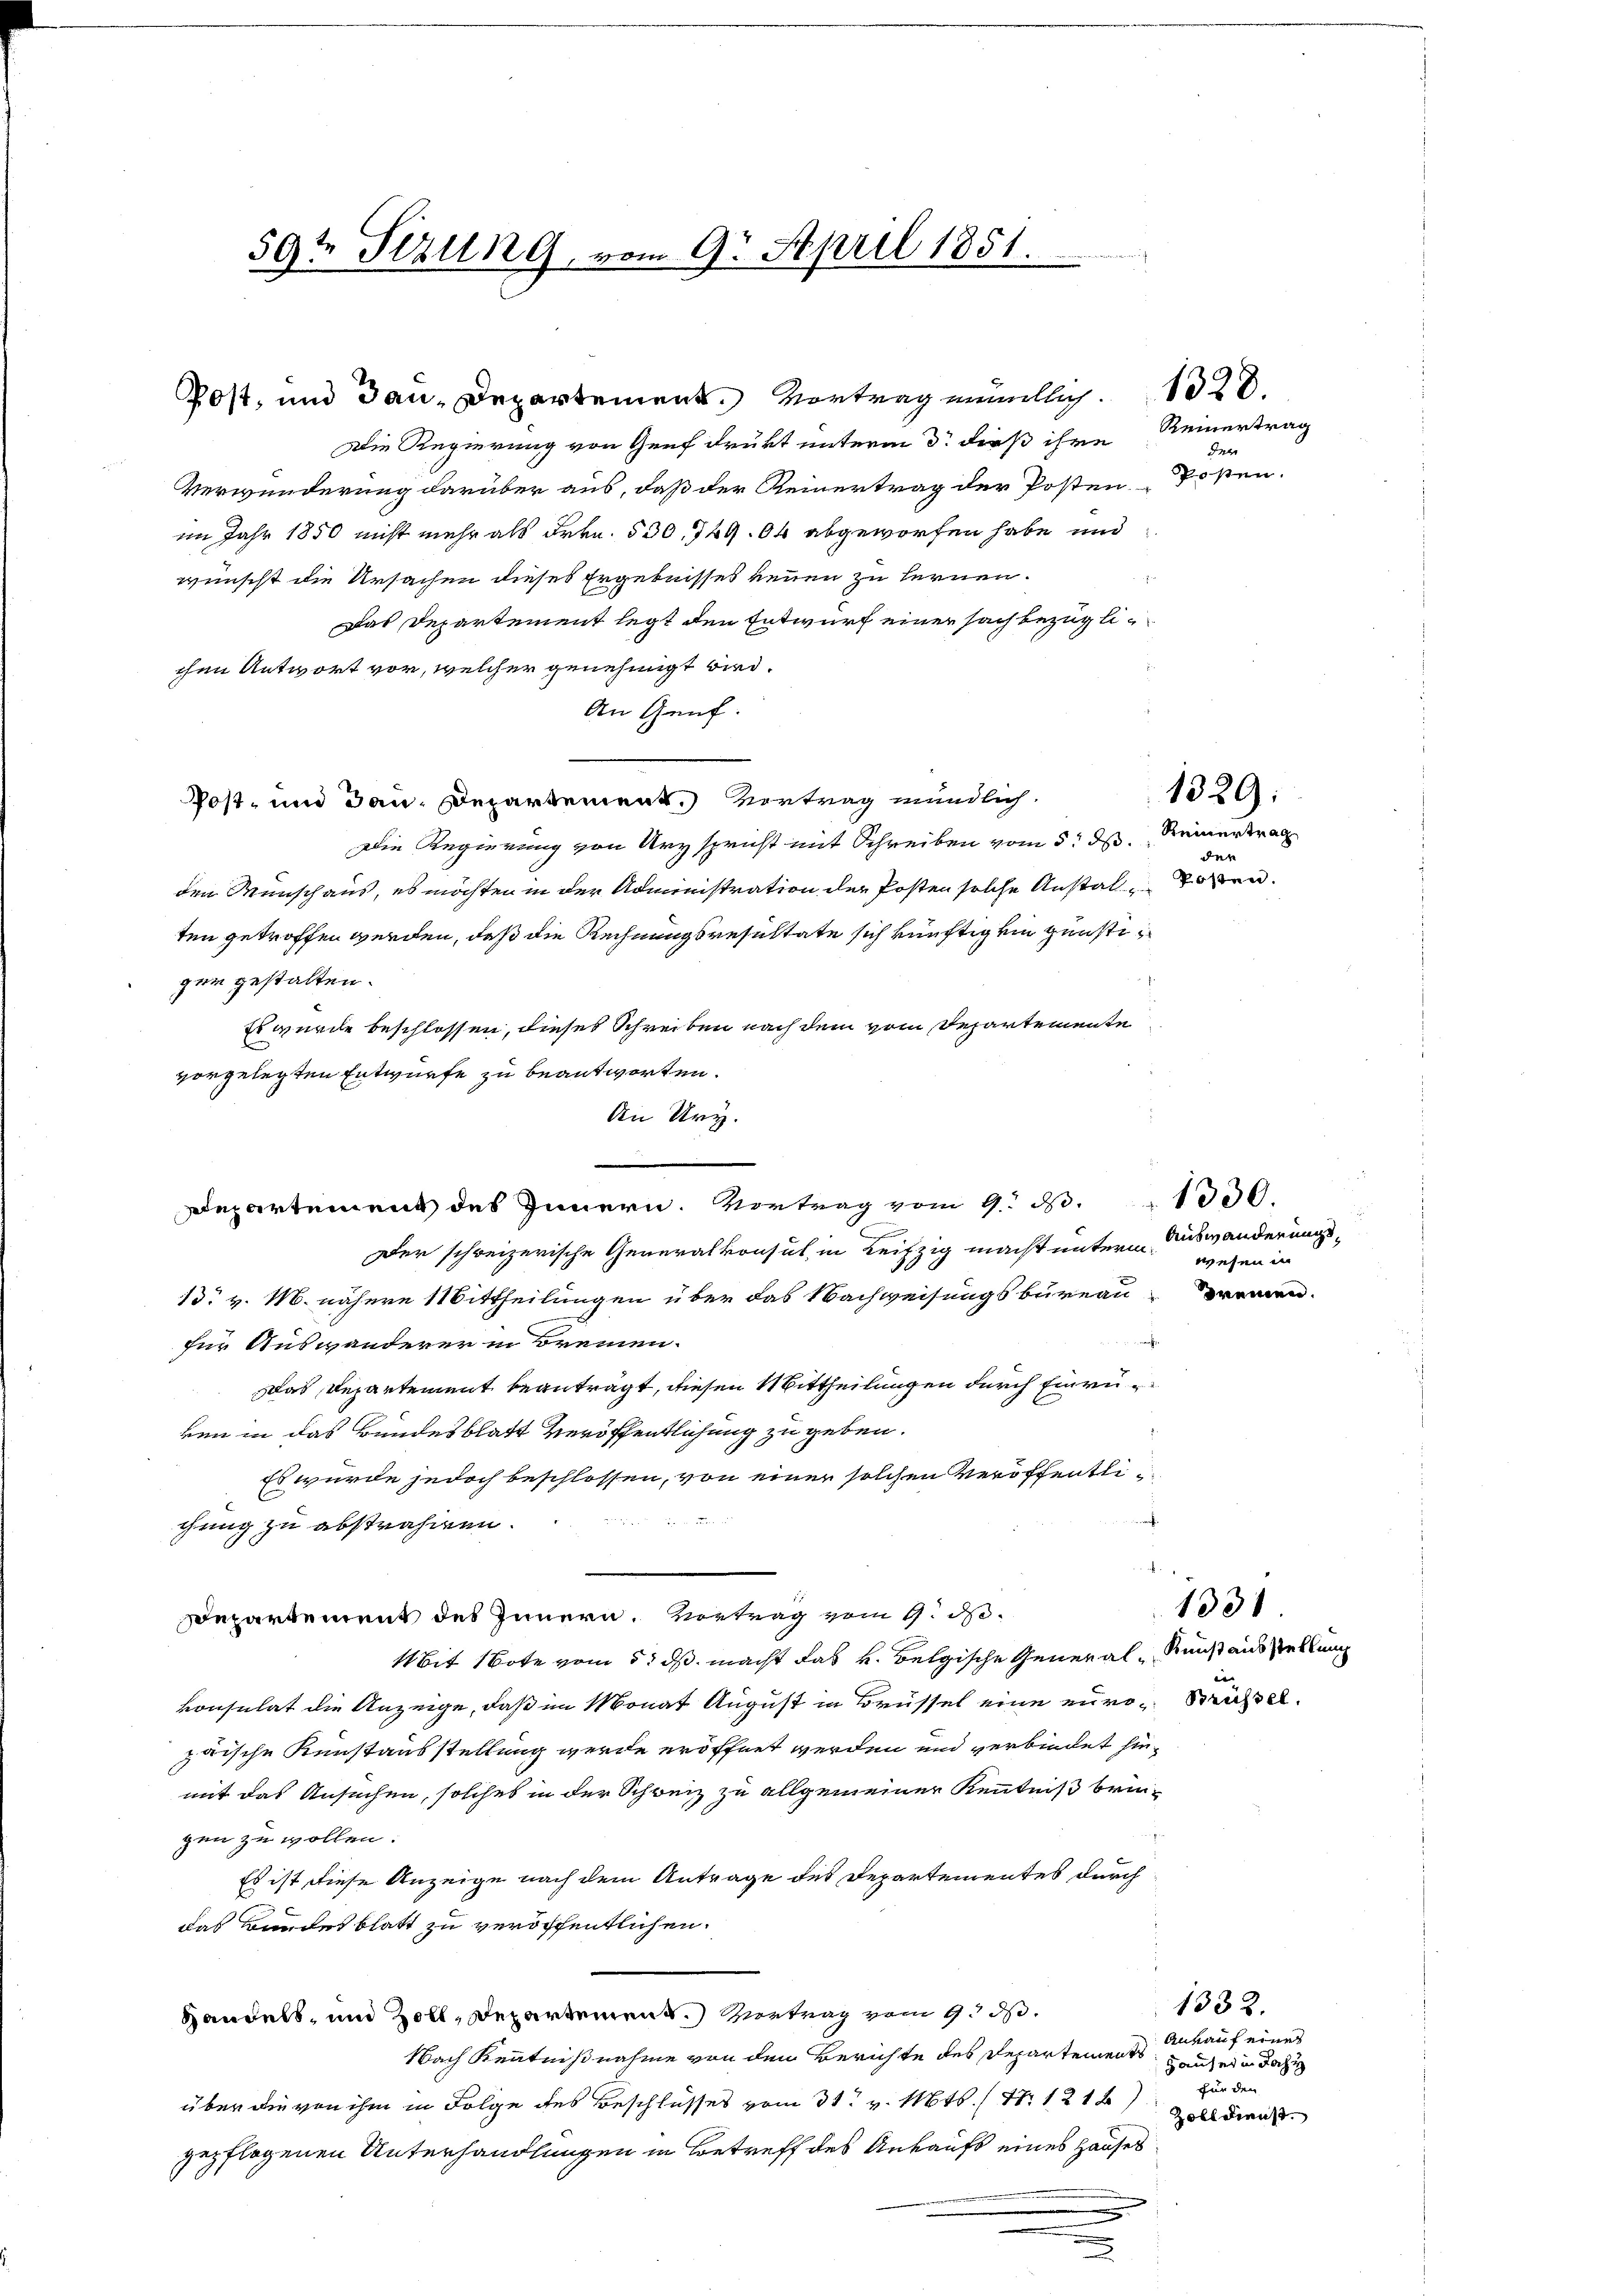
Die Regierung von Genf drückt unterm 3. dieß ihre
Verwunderung darüber aus, daß der Reinertrag der Posten Toten.
im Jahr 1850 nicht mehr als Frkn. 530. 749. 64 abgeworfen habe und
wünscht die Ursachen dieses Ergebnisses neuen zu lernen.
Das Departement legt den Entwurf einer sach bezug lichen Antwort vor, welcher genehmigt wird.
An Genf.
Post- und dann, Departement. Vortrag mündlich.
Die Regierung von Ury spricht mit Schreiben vom 5. ds.
den Wunschaus, es möchten in der Administration der Posten solche Anstalten.
ten getroffen werden, daß die Rechnungsresultate sich künftig ein günstigen gestalten.
Es wurde beschlossen, dieses Schreiben nach dem vom Departemente
vorgelegten Entwurfe zu beantworten.
An Ury.
Der schweizerische Generalkonsul in Leifzig macht unterm
13. v. M. nähere Mittheilungen über das Nachweisungsbureau, Bremen
für Auswanderer in Bremen.
Das Departement beantragt, diesen Mittheilungen durch Einruren in das Bundesblatt Veröffentlichung zu geben.
Es wurde jedoch beschlossen, von einer solchen Veröffentlichung zu abstrahmen.  ..
Departement des Innern. Vortrag vom 9. d.
Mit Note vom 5. ds. macht das u. belgische General-Kunst ausstellung
konsulat die Anzeige, daß im Monat August in Brüssel eine euro- Brüssel
zwische Reustausstellung werde eröffnet werden und verbindet hinmit das Ansuchen, solches in der Schweiz zu allgemeiner Kenntniß bringen zu wollen.
Es ist diese Anzeige nach dem Antrage des Departementes durch
das Bundesblatt zu veröffentlichen.
Handels, und Zoll, Departement.) Vertrag vom 9. d.
Nach Kenntnißnahme von den Berichte des Departements
über die von ihm in Folge des Beschlusses vom 31. v. Mts. S. 1218,
gepflogenen Unterhandlungen in Betreff des Ankaufs eines Hauses

Departement des Innern. Vortrag vom 9. 83. " 1350.

59t Sizung, vom 9. April 1851.

Post, und Bau-Departement. Vortrag entlich. 128.

Reinertrag
Ingr

Reinertrag
den

1329:

Auswanderungswesen in

in |

133

1332.
Ankauf eines
Hauser in dahe
für den
Zolldienst.